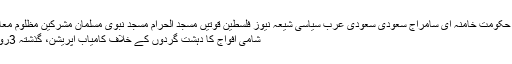
امریکہ آیت اللہ ایران تہران حج حکومت خامنہ ای سامراج سعودی سعودی عرب سیاسی شیعہ نیوز فلسطین قوتیں مسجد الحرام مسجد نبوی مسلمان مشرکین مظلوم معاشی معاملات ملاقات یلغار یمن
شامی افواج کا دہشت گردوں کے خلاف کامیاب آپریشن، گذشتہ 3روزمیں 240 داعشی واصل جہنم